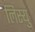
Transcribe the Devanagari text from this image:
लिस्यु